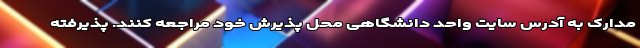
مدارک به آدرس سایت واحد دانشگاهی محل پذیرش خود مراجعه کنند. پذیرفته